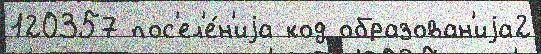
120357 пос'ел'е́н'иjа код образован'иjа2